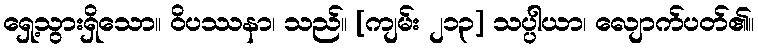
ရှေ့သွားရှိသော။ ဝိပဿနာ၊ သည်။ [ကျမ်း ၂၁၃] သပ္ပါယာ၊ လျောက်ပတ်၏။